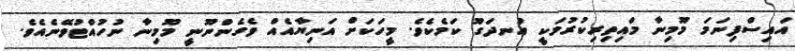
އައިސްފިނަމަ މޫމިނާ މައިތިރިކުރުމަކީ އުނދަގޫ ކަމެކެވެ. މީހަކަށް އަނިޔާއެއް ވެގެންނޫނީ މޫމިނާ ނުހުއްޓުވޭނެއެވެ.